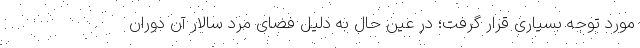
مورد توجه بسیاری قرار گرفت؛ در عین حال به دلیل فضای مرد سالار آن دوران